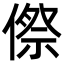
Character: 傺